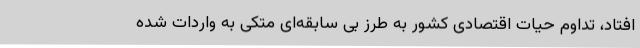
افتاد، تداوم حیات اقتصادی کشور به طرز بی سابقه‌ای متکی به واردات شده